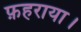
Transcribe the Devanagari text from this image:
फ़हराया।